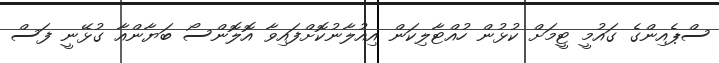
ސްޕެއިންގެ ގައުމީ ޓީމަށް ކުޅުން ހުއްޓާލިކަން އިއުލާނުކޮށްފައިވާ އޮލޮންސޯ ބަޔާންއާ ގުޅޭނީ ފަސް